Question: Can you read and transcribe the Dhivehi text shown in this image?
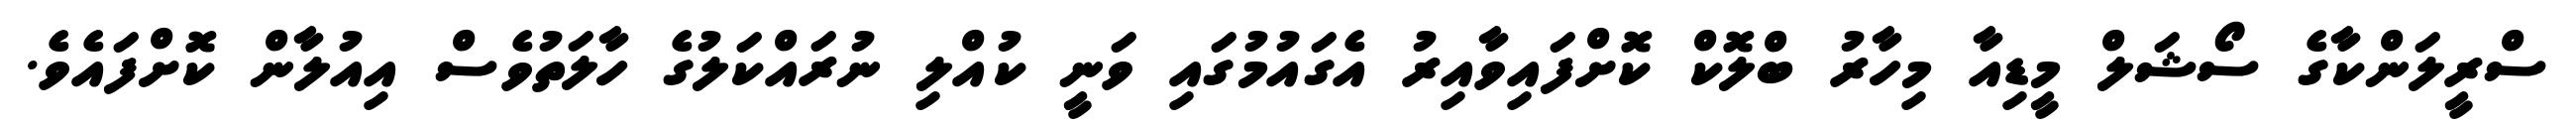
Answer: ސްރީލަންކާގެ ސޯޝަލް މީޑިއާ މިހާރު ބްލޮކް ކޮށްފައިވާއިރު އެގައުމުގައި ވަނީ ކުއްލި ނުރައްކަލުގެ ހާލަތުވެސް އިއުލާން ކޮށްފައެވެ.